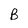
Character: B